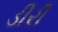
ડીરી